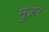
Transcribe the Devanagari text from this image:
मुज़र